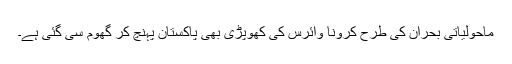
ماحولیاتی بحران کی طرح کرونا وائرس کی کھوپڑی بھی پاکستان پہنچ کر گھوم سی گئی ہے۔